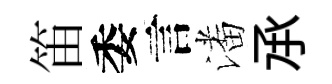
笛委言潘𠄘